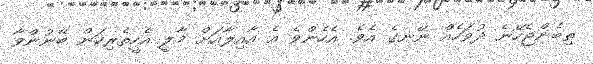
ތިބެންޖެހޭނެ ދުވަހެއް ނޭނގެ އެވެ. އެހެންވެ އެ އާއިލާއަށް މާލީ އެހީތެރިކަން ބޭނުންވާ